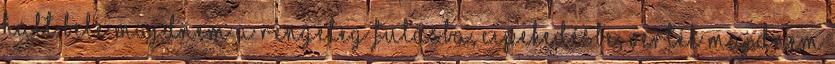
halt bele majdnem a rengeteg futásba, cipekedésbe, verték majdnem